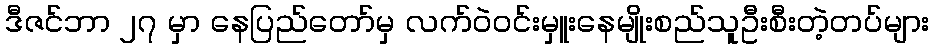
ဒီဇင်ဘာ ၂၇ မှာ နေပြည်တော်မှ လက်ဝဲ၀င်းမှူးနေမျိုးစည်သူဦးစီးတဲ့တပ်များ